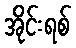
အိုင်းရစ်